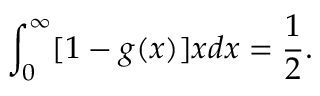
\int _ { 0 } ^ { \infty } [ 1 - g ( x ) ] x d x = \frac { 1 } { 2 } .